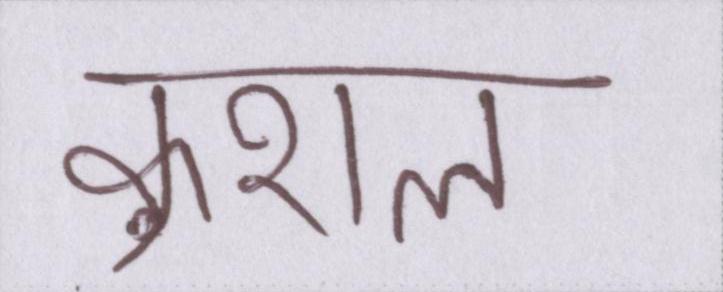
कुशल